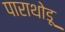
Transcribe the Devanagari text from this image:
पाराथोडू